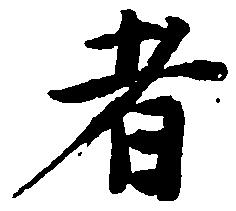
者